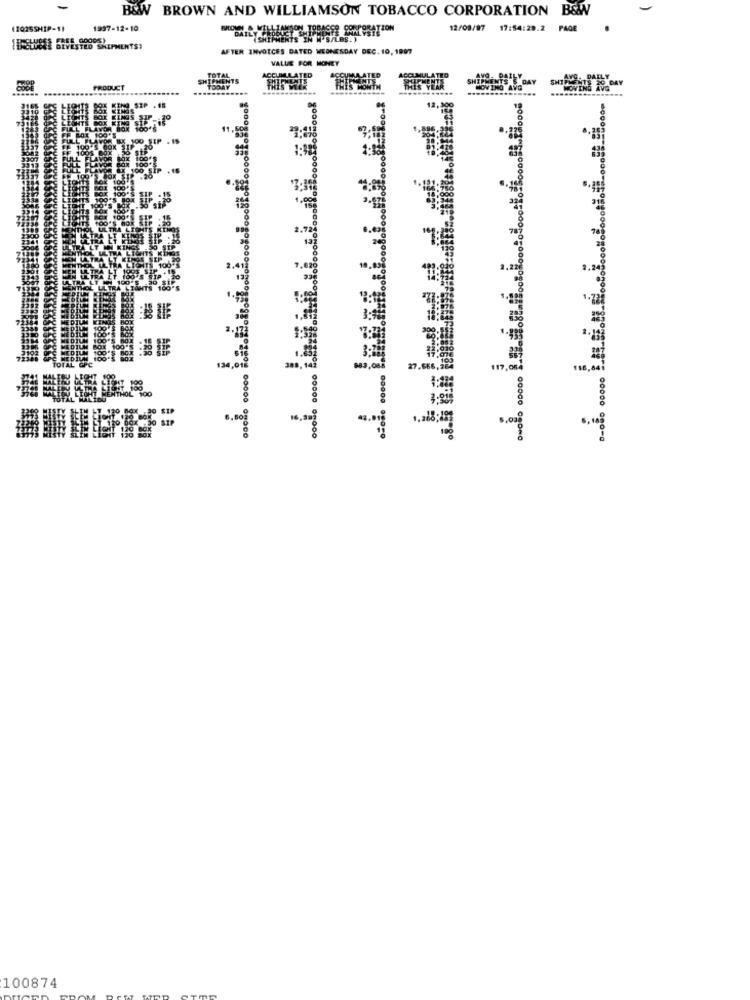
B&W BROWN AND WILLIAMSON TOBACCO CORPORATION B&W
(2025SHIP-11
1997-12-10
12/08/97
17:54:29.2 PAGE
IN W'S/LAS.)
BEWUSST BEVESTEO SHIPMENTS!
AFTER INVOICES DATED WEDNESDAY DEC. 10, 18977
VALUE FOR MONEY
TEO
SHIPMENTS
TOTAL
ACCUMULATED
UMAATED
......
CODE
PRODUCT
TODAY
THIS MONTH
THIS YEAR
1:
134,
389, 14]
-,-
117,08
116,84
16.
100874